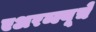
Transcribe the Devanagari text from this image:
एअरब्ल्यूचे